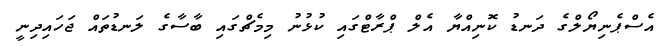
އެސްޕެނިޔޯލްގެ ދަނޑު ކޮނިއްޔާ އެލް ޕްރާޓްގައި ކުޅުނު މިމެޗްގައި ބާސާގެ ލަނޑުތައް ޖަހައިދިނީ